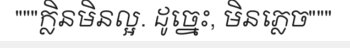
"""ក្លិនមិនល្អ. ដូច្នេះ, មិនភ្លេច"""